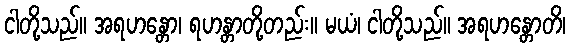
ငါတို့သည်။ အရဟန္တော၊ ရဟန္တာတို့တည်း။ မယံ၊ ငါတို့သည်။ အရဟန္တောတိ၊